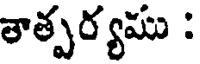
తాత్పర్యము :